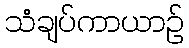
သံချပ်ကာယာဉ်